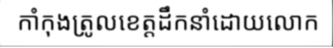
កាំកុងត្រូលខេត្តដឹកនាំដោយលោក